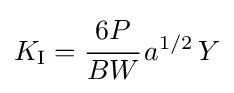
K_{\rm {I}}={\cfrac {6P}{BW}}\,a^{1/2}\,Y